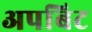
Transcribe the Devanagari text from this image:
अपबिट